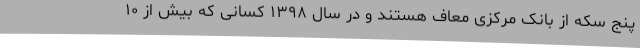
پنج سکه از بانک مرکزی معاف هستند و در سال ۱۳۹۸ کسانی که بیش از ۱۰